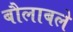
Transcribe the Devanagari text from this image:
बौलाबले